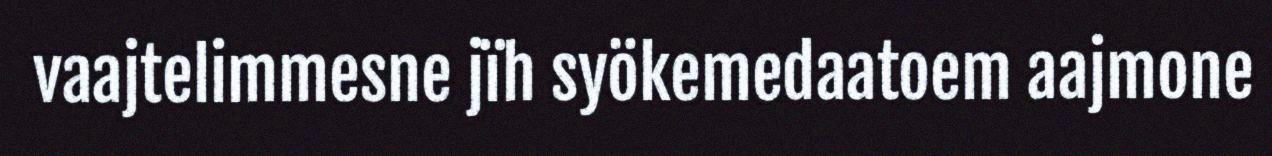
vaajtelimmesne jïh syökemedaatoem aajmone